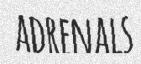
ADRENALS